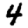
Digit: 4